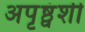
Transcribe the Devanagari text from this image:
अपृष्ठ्वंशी